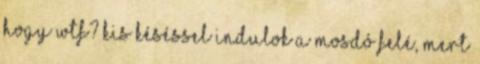
hogy wtf? Kis késéssel indulok a mosdó felé, mert